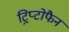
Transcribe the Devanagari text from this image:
ट्रिप्टोफैन